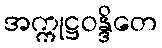
အက္ကုဋ္ဌဝန္ဒိတေ